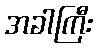
အခါကြီး